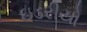
ઇડરીયો